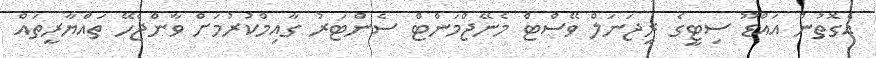
އެގޮތުން އައްޑޫ ސިޓީގެ ރީޖަނަލް ވޭސްޓް މެނޭޖްމަންޓް ސެންޓަރު ގާއިމްކުރުމަށް ވާންޖެހޭ ތައްޔާރީތައް